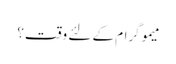
میموگرام کے لئے وقت؟